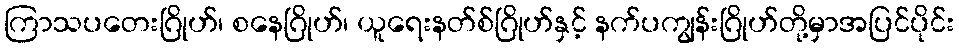
ကြာသပတေးဂြိုဟ်၊ စနေဂြိုဟ်၊ ယူရေးနတ်စ်ဂြိုဟ်နှင့် နက်ပကျွန်းဂြိုဟ်တို့မှာအပြင်ပိုင်း